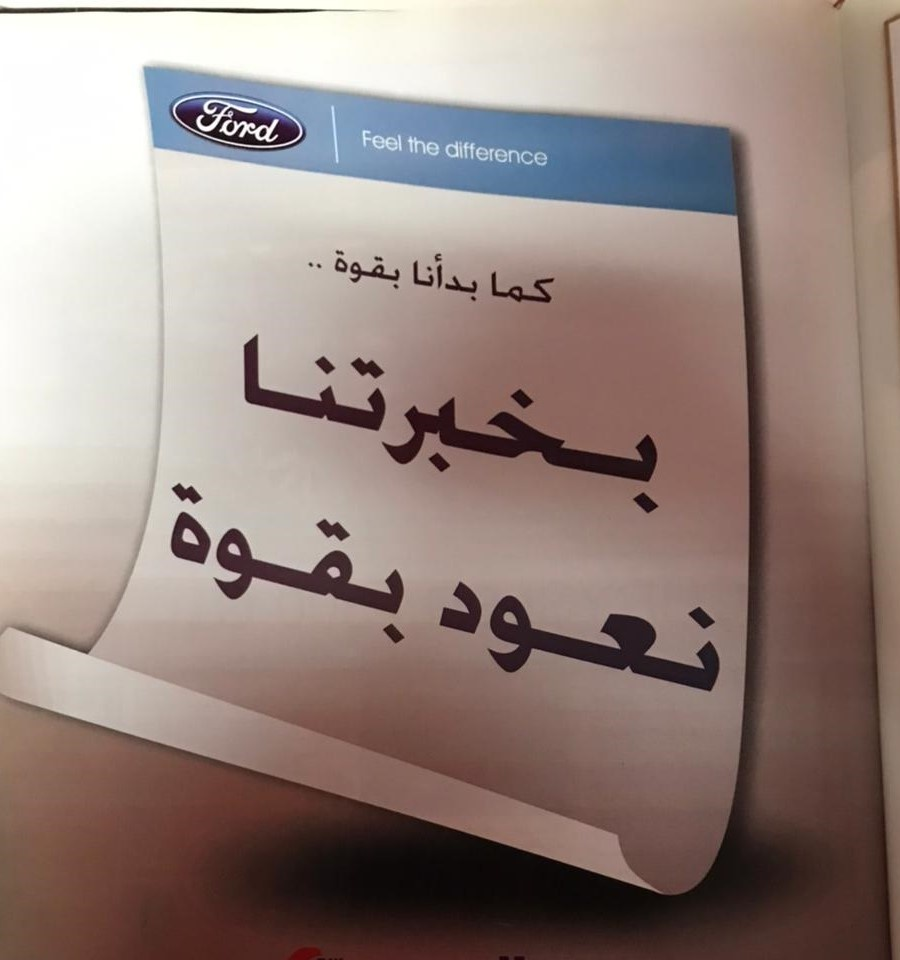
Text in image: بقوة بدأنا كما بخبرتنا بقوة نعود Ford Feel the difference